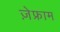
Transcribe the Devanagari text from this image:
ज़ेफ्राम